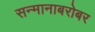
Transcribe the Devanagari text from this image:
सन्मानाबरोबर